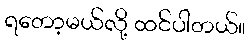
ရတော့မယ်လို့ ထင်ပါတယ်။